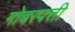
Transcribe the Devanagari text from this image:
गोबरपत्ती